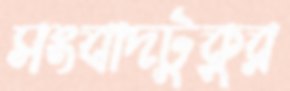
সংবাদটুকুর